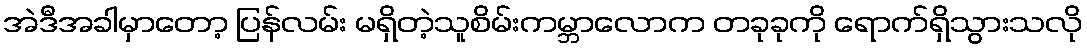
အဲဒီအခါမှာတော့ ပြန်လမ်း မရှိတဲ့သူစိမ်းကမ္ဘာလောက တခုခုကို ရောက်ရှိသွားသလို